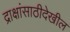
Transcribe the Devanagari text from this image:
द्राक्षांसाठीदेखील